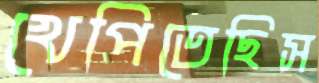
খেপিতেছিস